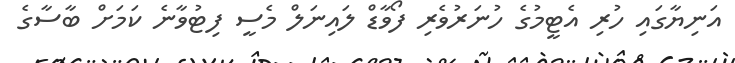
އަނިޔާގައި ހުރި އެޓީމުގެ ހުނަރުވެރި ފޯވާޑް ލައިނަލް މެސީ ފިޓުވާނެ ކަމަށް ބާސާގެ